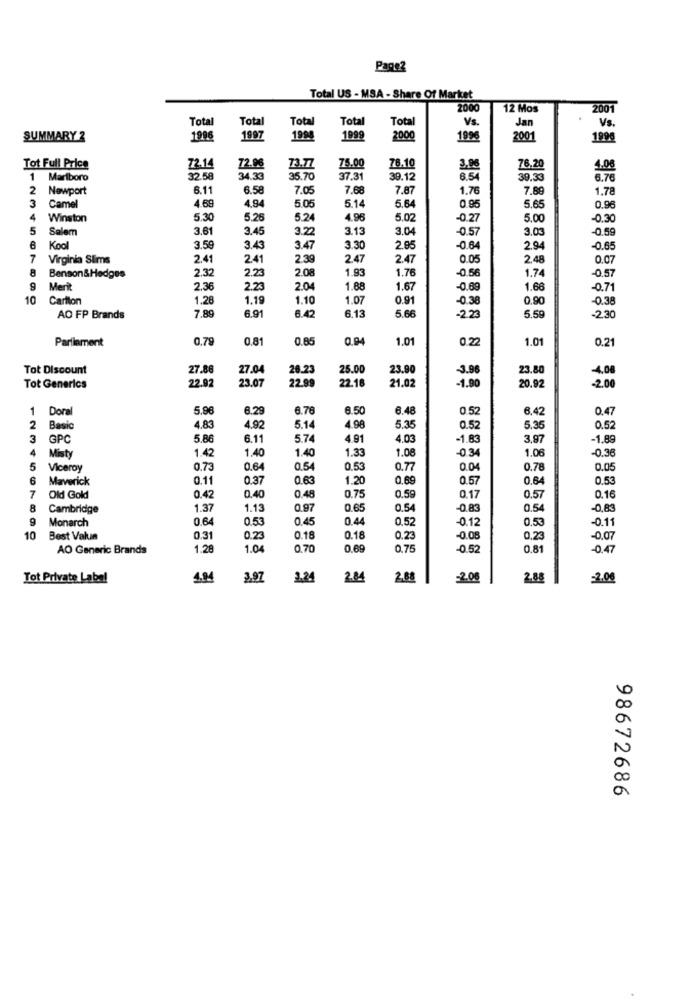
Page2
Total US - MSA - Share Of Market
2000
12 Mos
2001
Total
Total
Total
Total
Vs.
Jan
Vs.
Total
SUMMARY 2
1996
1997
1998
1999
2000
1996
2001
199
Tot Full Price
72.14
72.96
73.77
75.00
78.10
76.20
4.08
1 Marlboro
32.58
34.33
35.70
37.31
39.12
6.54
30.33
8.79
2 Newport
6.11
6.58
7.05
7.68
7.87
1.76
7.8
1.78
5.05
5.14
5.64
3 Camel
4.69
4.94
0.95
5.65
0.96
4
Winston
5.30
5.26
5.24
4.96
5.02
-0.27
5.00
0.30
5
Salem
3.61
3.45
3.22
3.13
3.04
-0.57
3.03
-0.59
6 Kool
3.5€
3.43
3.47
3.30
2.95
-0.64
2.94
0.65
7
Virginia SEims
2.41
2.41
2.39
2.47
2.47
0.05
2.48
8
2.32
2.23
2.08
1.93
1.76
-0.56
1.74
-0.57
Benson &Hedges
9
Merit
2.36
2.23
2.04
1.88
1.67
-0.69
1.66
-0.71
10
Cartlon
1.28
1.19
1.10
1.07
0.91
-0.38
0.90
-0.38
AO FP Brands
7.89
6.91
6.4.
6.13
5.66
-2.23
5.59
-2.30
Parliament
0.78
0.81
0.85
0.94
1.01
0.22
1.0
0.21
Tot Discount
27.88
27.04
28.23
25.00
23.90
-3.96
23.80
-4,08
22.92
23.07
22.99
22.18
21.02
-1.90
20.92
-2.00
Tot Generics
Doral
5.96
6.29
6.76
8.50
6.48
0.52
6,42
0.47
2
Basic
4.83
4.92
5.14
4.98
5.35
0.52
5.35
0.52
3
GPC
5.86
6.11
5.74
4.91
4.03
-1.83
3,97
-1.89
4
1.33
1.08
-0.34
1.06
-0.36
Misty
1.42
1.40
1.40
5
Viceroy
0.73
0.64
0.54
0.53
0.77
0.04
0.78
0.05
6
Maverick
0.11
0.37
0.63
1.20
0,69
0.57
0.64
0.53
7
0.75
Old Gold
0.42
0.40
0.48
0.59
0.17
0.5
0.16
8
Cambridge
1.37
1.13
0.97
0.65
0.54
-0.83
0.54
-0,8
9
Monarch
0.64
0.53
0.45
0.44
0.52
-0.12
0.5
0.11
10
Best Value
0.31
0.23
0.18
0.18
0.23
-0.08
0.2
-0,07
AO Generic Brands
1.28
1.04
0.70
0.69
0.75
-0.52
0,8
-0.47
Tot Private Label
4.84
3.97
3.24
2.84
2.68
-2.06
2.88
=2.00
98672686